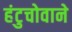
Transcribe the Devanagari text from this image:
हंटुचोवाने